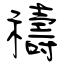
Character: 禱